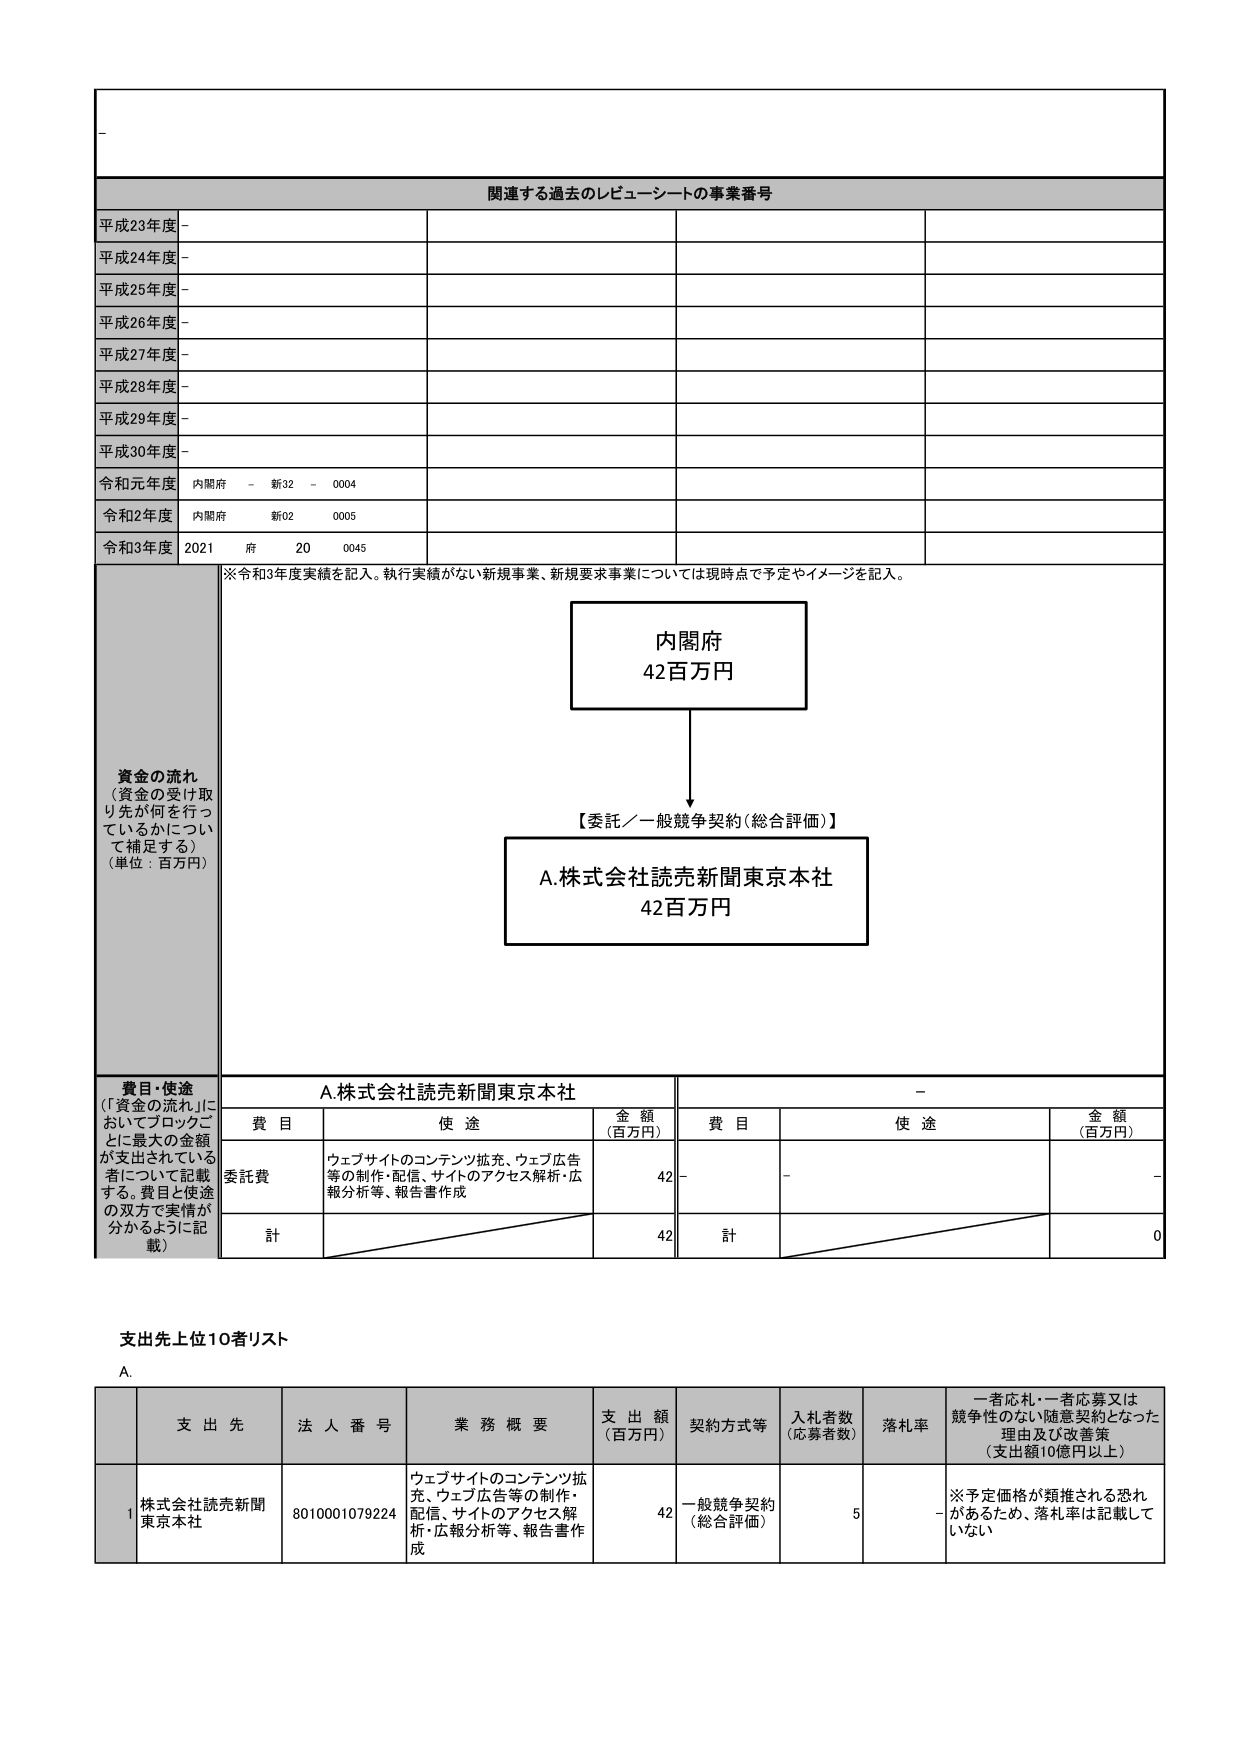
関連する過去のレビューシートの事業番号
平成23年度 -
平成24年度 -
平成25年度 -
平成26年度 -
平成27年度 -
平成28年度 -
平成29年度 -
平成30年度 -
令和元年度 内閣府 - 新32 - 0004
令和2年度 内閣府 新02 0005
令和3年度 2021 府 20 0045

※令和3年度実績を記入。執行実績がない新規事業、新規要求事業については現時点で予定やイメージを記入。

資金の流れ
（資金の受け取り先が何を行っているかについて補足する）
（単位：百万円）

内閣府
42百万円

【委託／一般競争契約（総合評価）】

A.株式会社読売新聞東京本社
42百万円

費目・使途
（「資金の流れ」においてブロックごとに最大の金額が支出されている者について記載する。費目と使途の双方で実情が分かるように記載）

A.株式会社読売新聞東京本社

| 費目 | 使途 | 金額（百万円） | 費目 | 使途 | 金額（百万円） |
|------|------|----------------|------|------|----------------|
| 委託費 | ウェブサイトのコンテンツ拡充、ウェブ広告等の制作・配信、サイトのアクセス解析・広報分析等、報告書作成 | 42 | - | - | - |
| 計 | | 42 | 計 | | 0 |

支出先上位10者リスト

A.

| | 支出先 | 法人番号 | 業務概要 | 支出額（百万円） | 契約方式等 | 入札者数（応募者数） | 落札率 | 一者応札・一者応募又は競争性のない随意契約となった理由及び改善策（支出額10億円以上） |
|---|---|---|---|---|---|---|---|---|
| 1 | 株式会社読売新聞東京本社 | 8010001079224 | ウェブサイトのコンテンツ拡充、ウェブ広告等の制作・配信、サイトのアクセス解析・広報分析等、報告書作成 | 42 | 一般競争契約（総合評価） | 5 | - | ※予定価格が類推される恐れがあるため、落札率は記載していない |